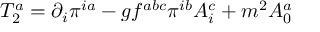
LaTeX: T _ { 2 } ^ { a } = \partial _ { i } \pi ^ { i a } - g f ^ { a b c } \pi ^ { i b } A _ { i } ^ { c } + m ^ { 2 } A _ { 0 } ^ { a }